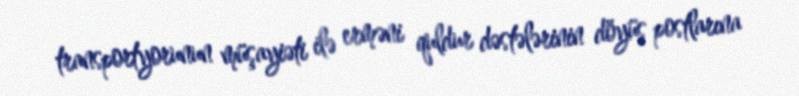
transportyorunun müşayiəti ilə erməni quldur dəstələrinin döyüş postlarına